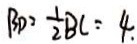
B D = \frac { 1 } { 2 } B C = 4 .